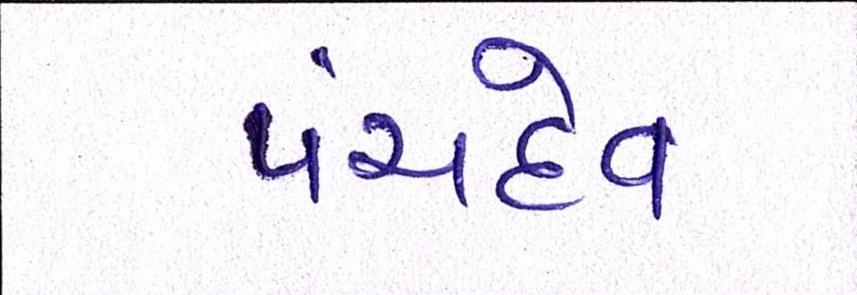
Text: પંચદેવ